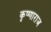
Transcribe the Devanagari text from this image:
कृष्णाराज